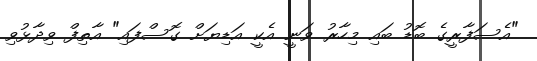
"އެސަފާރީގެ ބޮޑު ބައި މިހާރު ވަނީ އެކީ އަޑިޔަށް ގޮސްފައި" އާތިފް ވިދާޅުވި